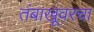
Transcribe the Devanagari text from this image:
तंबाखूवरचा